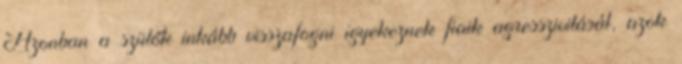
Azonban a szülők inkább visszafogni igyekeznek fiaik agresszivitását, azok